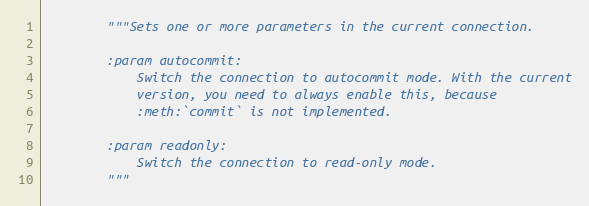
Language: Python
        """Sets one or more parameters in the current connection.

        :param autocommit:
            Switch the connection to autocommit mode. With the current
            version, you need to always enable this, because
            :meth:`commit` is not implemented.

        :param readonly:
            Switch the connection to read-only mode.
        """